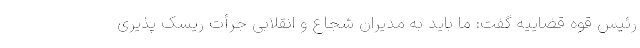
رئیس قوه قضاییه گفت: ما باید به مدیران شجاع و انقلابی جرأت ریسک پذیری